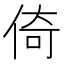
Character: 倚